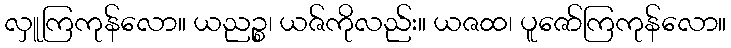
လှူကြကုန်လော။ ယညဉ္စ၊ ယဇ်ကိုလည်း။ ယဇထ၊ ပူဇော်ကြကုန်လော။